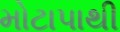
મોટાપાથી